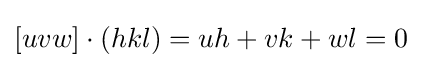
[uvw]\cdot (hkl)=uh+vk+wl=0